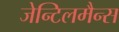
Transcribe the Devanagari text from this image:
जेन्टिलमैन्स